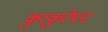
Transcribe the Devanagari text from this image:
कुरकुरेपन